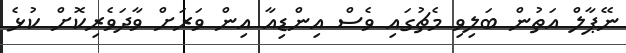
ނޭޕާލް އަތުން ބަލިވި މެޗުގައި ވެސް އިންޑިއާ އިން ވަރަށް ވާދަވެރިކޮށް ކުޅެ